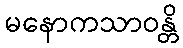
မနောကသာဝန္တိ